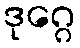
ဒုဂ္ဂေ